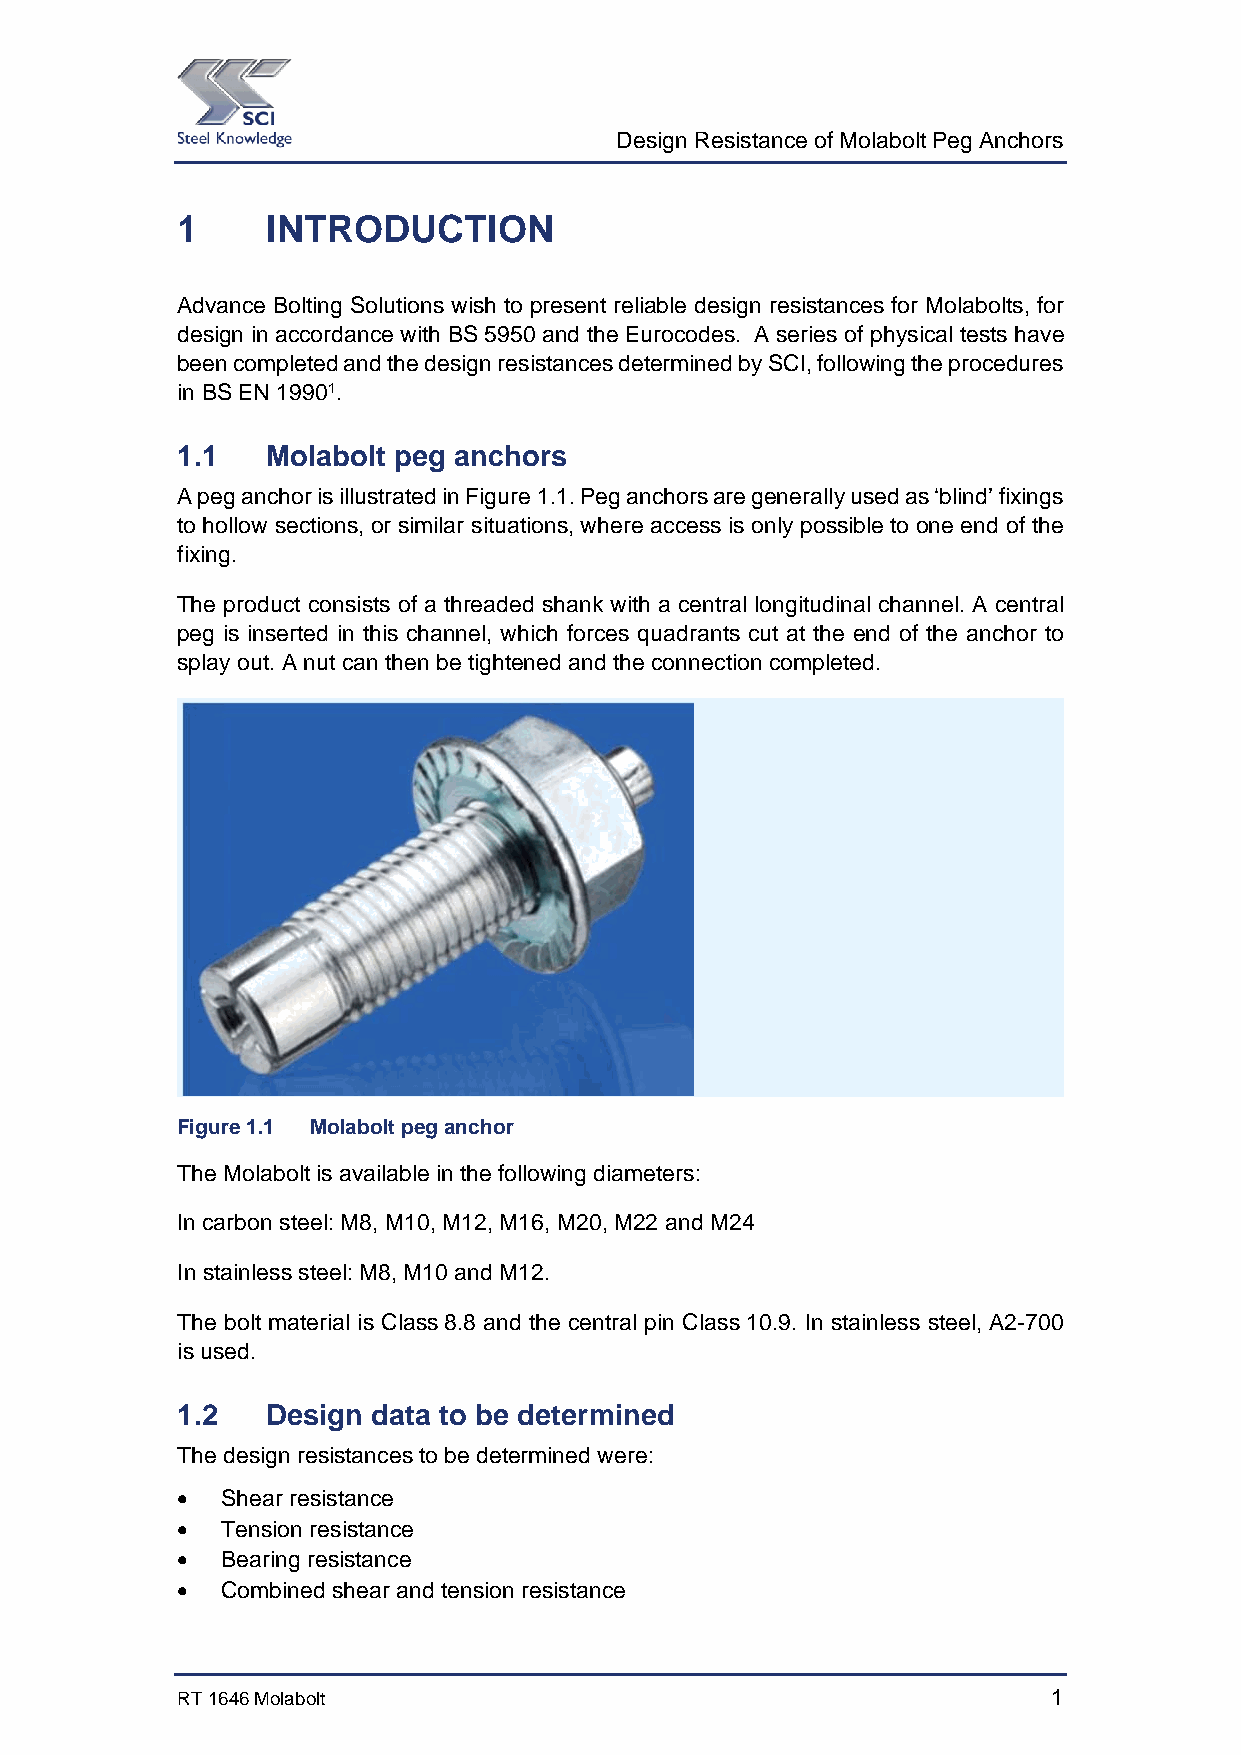
Design Resistance of Molabolt Peg Anchors
 1     INTRODUCTION
 Advance Bolting Solutions wish to present reliable design resistances for Molabolts, for
 design in accordance with BS 5950 and the Eurocodes. A series of physical tests have
 been completed and the design resistances determined by SCI, following the procedures
 in BS EN 19901.
 1.1   Molabolt peg anchors
 A peg anchor is illustrated in Figure 1.1. Peg anchors are generally used as ‘blind’ fixings
 to hollow sections, or similar situations, where access is only possible to one end of the
 fixing.
 The product consists of a threaded shank with a central longitudinal channel. A central
 peg is inserted in this channel, which forces quadrants cut at the end of the anchor to
 splay out. A nut can then be tightened and the connection completed.
 Figure 1.1 Molabolt peg anchor
 The Molabolt is available in the following diameters:
 In carbon steel: M8, M10, M12, M16, M20, M22 and M24
 In stainless steel: M8, M10 and M12.
 The bolt material is Class 8.8 and the central pin Class 10.9. In stainless steel, A2-700
 is used.
 1.2   Design data to be determined
 The design resistances to be determined were:
   Shear resistance
   Tension resistance
   Bearing resistance
   Combined shear and tension resistance
 RT 1646 Molabolt                                          1